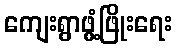
ကျေးရွာဖွံ့ဖြိုးရေး